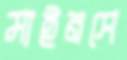
মাইনসে